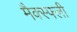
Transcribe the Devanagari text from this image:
मैक्स्फ्ली